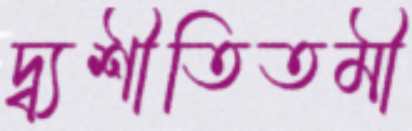
দ্ব্যশীতিতমী